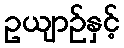
ဥယျာဉ်နှင့်